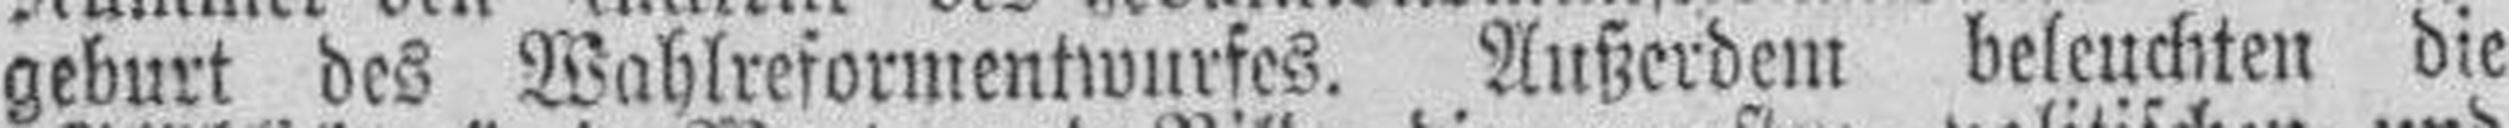
geburt des Wahlreformentwurfes. Außerdem beleuchten die